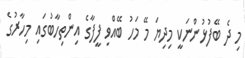
މި ދެ ބޭފުޅުންނަކީ މިދިޔަ މޭ މަހު ބޭއްވި ފީފާގެ އިންތިހާބުގައި މިހާރުގެ